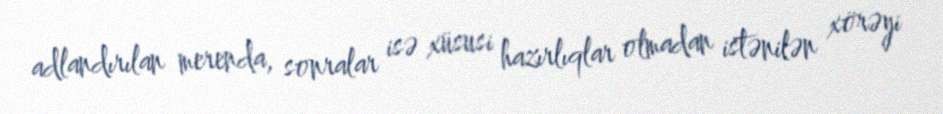
adlandırılan merenda, sonralar isə xüsusi hazırlıqlar olmadan istənilən xörəyi